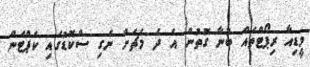
މީޑިއާ ރިޕޯޓްތައް ބުނާ ގޮތުން އެ ދެ މެޗަށް ނެގި ސްކޮޑުގައި ކެޕްޓަން